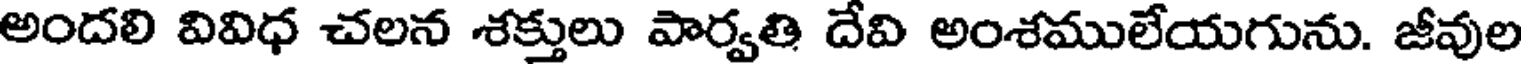
అందలి వివిధ చలన శక్తులు పార్వతి దేవి అంశములేయగును. జీవుల